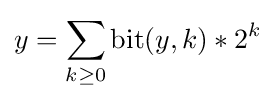
y=\sum _{k\geq 0}\mathrm {bit} (y,k)*2^{k}